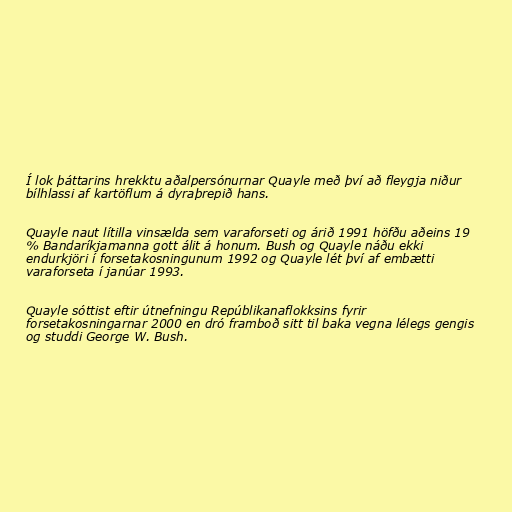
Í lok þáttarins hrekktu aðalpersónurnar Quayle með því að fleygja niður
bílhlassi af kartöflum á dyraþrepið hans.

Quayle naut lítilla vinsælda sem varaforseti og árið 1991 höfðu aðeins 19
% Bandaríkjamanna gott álit á honum. Bush og Quayle náðu ekki
endurkjöri í forsetakosningunum 1992 og Quayle lét því af embætti
varaforseta í janúar 1993.

Quayle sóttist eftir útnefningu Repúblikanaflokksins fyrir
forsetakosningarnar 2000 en dró framboð sitt til baka vegna lélegs gengis
og studdi George W. Bush.